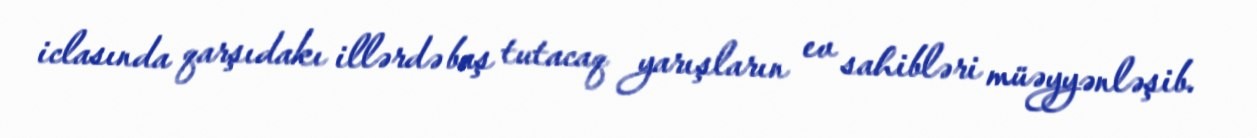
iclasında qarşıdakı illərdə baş tutacaq yarışların ev sahibləri müəyyənləşib.